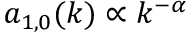
a _ { 1 , 0 } ( k ) \propto k ^ { - \alpha }